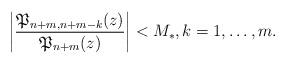
LaTeX: \begin{align*} \left|\frac{ \mathfrak{P}_{n+m,n+m-k}(z)}{\mathfrak{P}_{n+m}(z)} \right| < M_*, k=1,\ldots ,m.\end{align*}